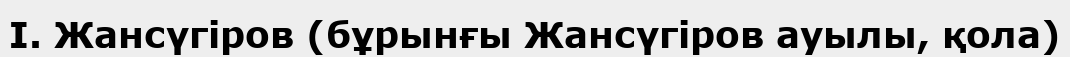
І. Жансүгіров (бұрынғы Жансүгіров ауылы, қола)